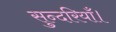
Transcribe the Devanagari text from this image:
सुन्दरियाँ।